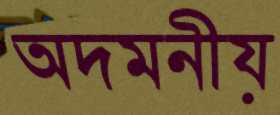
অদমনীয়